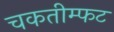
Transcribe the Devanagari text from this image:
चकतीम्फट